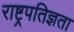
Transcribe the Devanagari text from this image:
राष्ट्रपतिज्ञता